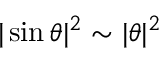
| \sin \theta | ^ { 2 } \sim | \theta | ^ { 2 }